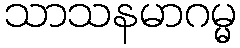
သာသနမာဂမ္မ